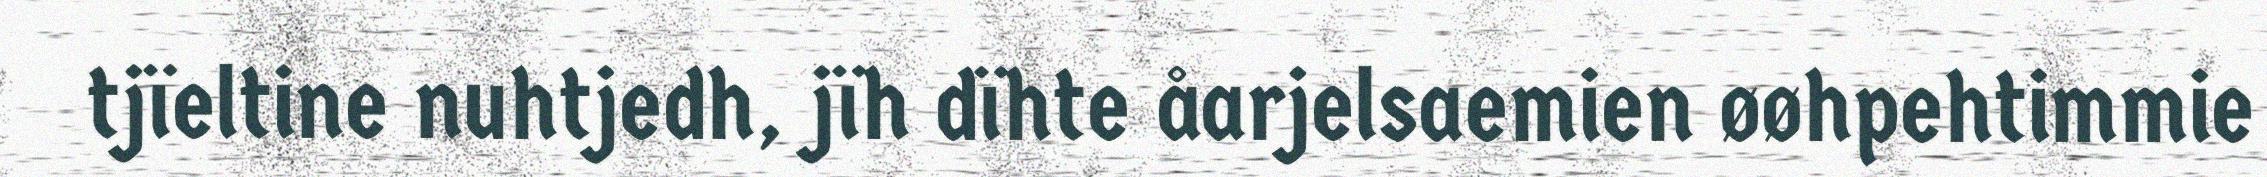
tjïeltine nuhtjedh, jïh dïhte åarjelsaemien øøhpehtimmie